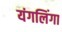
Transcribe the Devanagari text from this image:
यंगलिंगा